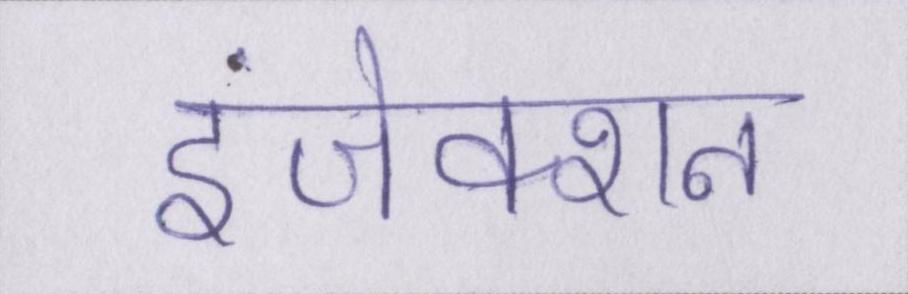
इंजेक्शन